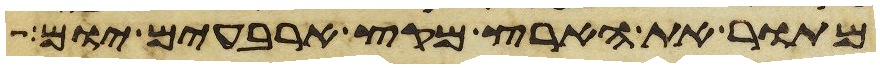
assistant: מתור את הארץ מקץ ארבעים יום